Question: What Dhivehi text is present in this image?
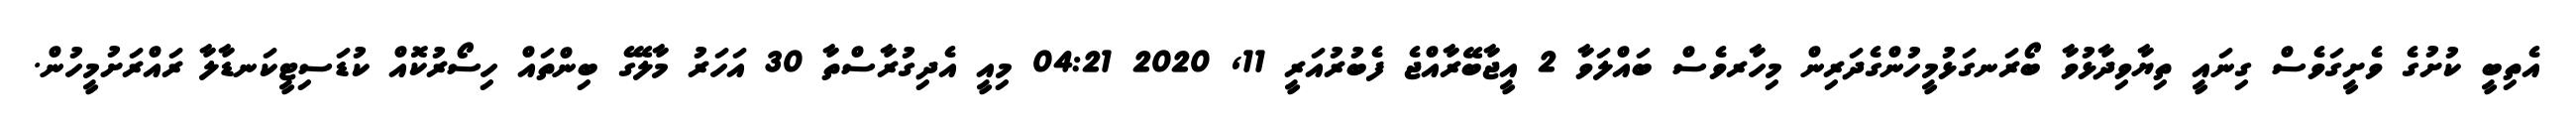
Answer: އެތިބީ ކުށުގެ ވެށީގަވެސް ގިނައީ ތިޔާވިދާޅުވާ ބޯރަނގަޅުމީހުންގެދަރިން މިހާރވެސް ބައްލަވާ 2 އީޖާބޭރާއްޖެ ފެބުރުއަރީ 11, 2020 04:21 މިއީ އެދިގުރާސްތާ 30 އަހަރު މާލޭގެ ބިންތައް ހިސޯރުކޮއް ކުޑަސިޓީކަނޑާލާ ރައްރަށުމީހުން.